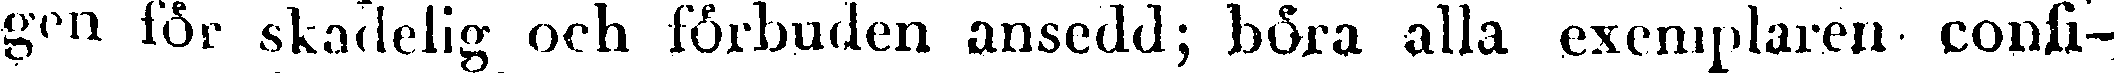
gen för skadelig och förbuden ansedd; böra alla exemplaren confi-